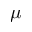
\mu